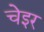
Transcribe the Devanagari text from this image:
चेइर